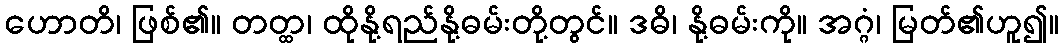
ဟောတိ၊ ဖြစ်၏။ တတ္ထ၊ ထိုနို့ရည်နို့ဓမ်းတို့တွင်။ ဒဓိ၊ နို့ဓမ်းကို။ အဂ္ဂံ၊ မြတ်၏ဟူ၍။